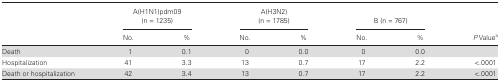
<table><thead><tr><td></td><td colspan="2"><b>A(H1N1)pdm09(n = 1235)</b></td><td colspan="2"><b>A(H3N2)(n = 1785)</b></td><td colspan="2"><b>B (n = 767)</b></td><td></td></tr><tr><td></td><td><b>No.</b></td><td><b>%</b></td><td><b>No.</b></td><td><b>%</b></td><td><b>No.</b></td><td><b>%</b></td><td><b><i>P</i> Value<sup>a</sup></b></td></tr></thead><tbody><tr><td>Death</td><td>1</td><td>0.1</td><td>0</td><td>0.0</td><td>0</td><td>0.0</td><td></td></tr><tr><td>Hospitalization</td><td>41</td><td>3.3</td><td>13</td><td>0.7</td><td>17</td><td>2.2</td><td>&lt;.0001</td></tr><tr><td>Death or hospitalization</td><td>42</td><td>3.4</td><td>13</td><td>0.7</td><td>17</td><td>2.2</td><td>&lt;.0001</td></tr></tbody></table>